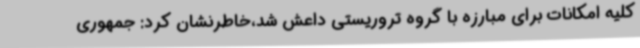
کلیه امکانات برای مبارزه با گروه تروریستی داعش شد،خاطرنشان کرد: جمهوری